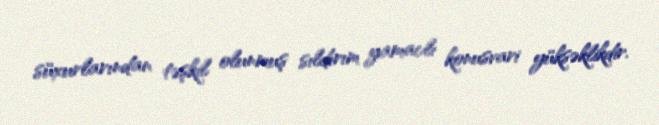
süxurlarından təşkil olunmuş sıldırım yamaclı konusvari yüksəklikdir.